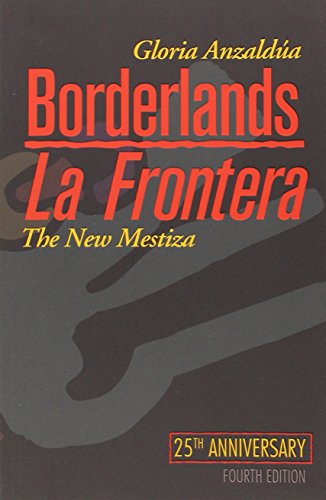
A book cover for Borderlands / La Frontera: The New Mestiza; Gloria AnzaldÃºa; Literature & Fiction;